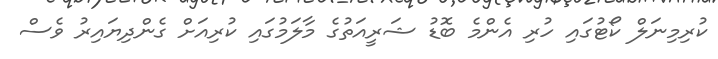
ކުރިމިނަލް ކޯޓުގައި ހުރި އެންމެ ބޮޑު ޝަރީއަތުގެ މާލަމުގައި ކުރިއަށް ގެންދިޔައިރު ވެސް